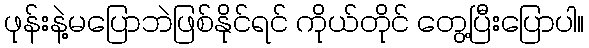
ဖုန်းနဲ့မပြောဘဲဖြစ်နိုင်ရင် ကိုယ်တိုင် တွေ့ပြီးပြောပါ။